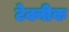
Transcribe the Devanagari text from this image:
टेक्नीक